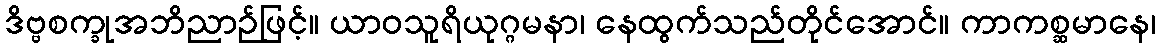
ဒိဗ္ဗစက္ခုအဘိညာဉ်ဖြင့်။ ယာဝသူရိယုဂ္ဂမနာ၊ နေထွက်သည်တိုင်အောင်။ ကာကစ္ဆမာနေ၊